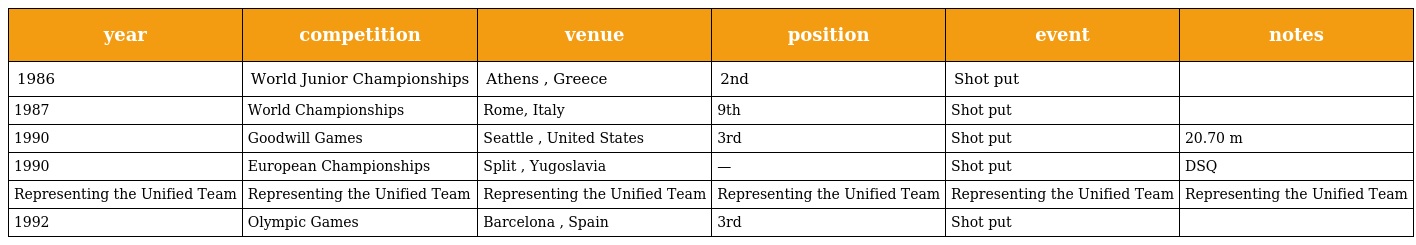
| year | competition | venue | position | event | notes |
 | --- | --- | --- | --- | --- | --- |
 | 1986 | World Junior Championships | Athens , Greece | 2nd | Shot put |  |
 | 1987 | World Championships | Rome, Italy | 9th | Shot put |  |
 | 1990 | Goodwill Games | Seattle , United States | 3rd | Shot put | 20.70 m |
 | 1990 | European Championships | Split , Yugoslavia | — | Shot put | DSQ |
 | Representing the Unified Team | Representing the Unified Team | Representing the Unified Team | Representing the Unified Team | Representing the Unified Team | Representing the Unified Team |
 | 1992 | Olympic Games | Barcelona , Spain | 3rd | Shot put |  |